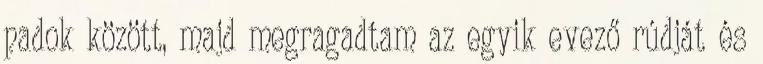
padok között, majd megragadtam az egyik evező rúdját és